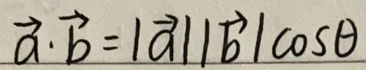
\[
\vec{a} \cdot \vec{b}=|\vec{a}||\vec{b}| \cos \theta
\]